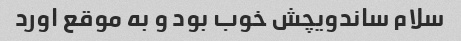
سلام ساندویچش خوب بود و به موقع اورد